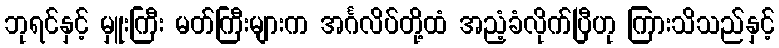
ဘုရင်နှင့် မှူးကြီး မတ်ကြီးများက အင်္ဂလိပ်တို့ထံ အညံ့ခံလိုက်ပြီဟု ကြားသိသည်နှင့်